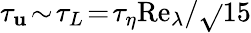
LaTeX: \tau_{\mathbf{u}}\! \sim\! \tau_{L}\! =\! \tau_{\eta}\mathrm{{Re}}_{\lambda}/\sqrt{}{{15}}